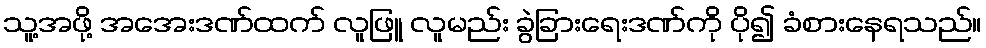
သူ့အဖို့ အအေးဒဏ်ထက် လူဖြူ လူမည်း ခွဲခြားရေးဒဏ်ကို ပို၍ ခံစားနေရသည်။